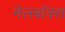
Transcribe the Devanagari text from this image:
मेलबाॅक्स